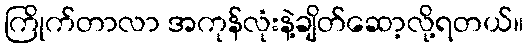
ကြိုက်တာလာ အကုန်လုံးနဲ့ချိတ်ဆော့လို့ရတယ်။